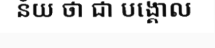
ន័យ ថា ជា បង្គោល